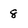
Character: 8